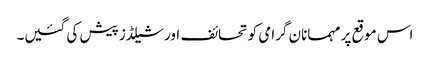
اس موقع پر مہمانان گرامی کو تحائف اور شیلڈز پیش کی گئیں۔